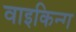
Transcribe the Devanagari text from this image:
वाइकिन्ग